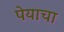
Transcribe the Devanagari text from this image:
पेयाचा